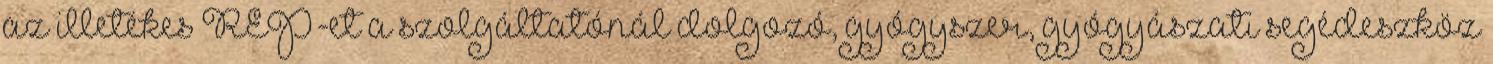
az illetékes REP-et a szolgáltatónál dolgozó, gyógyszer, gyógyászati segédeszköz